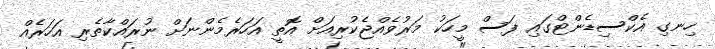
ހިނގި އެކްސިޑެންޓްގައި ފަސް މީހަކު މަރުވެއްޖެކުރިއަށް އޮތީ އަހަރެމެންނަށް ނުރައްކާތެރި އަހަރެއް